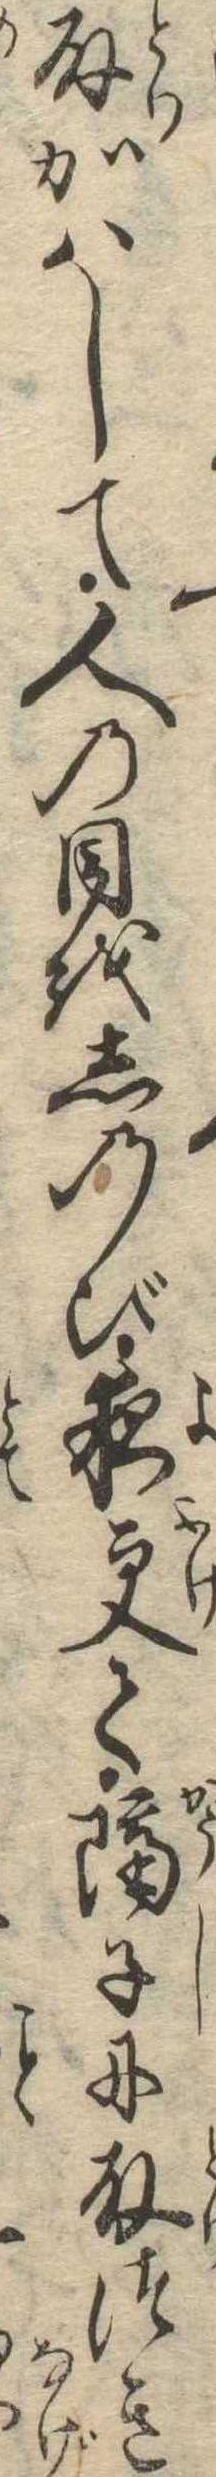
取かはして人の目をしのび夜更て隔子に取つき